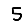
Digit: 5